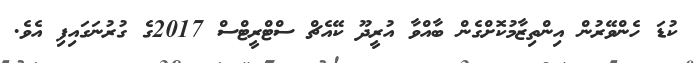
ކުޑަ ހެންވޭރުން އިންތިޒާމުކޮށްގެން ބާއްވާ އުރީދޫ ކޭއެޗް ސްޓްރީޓްސް 2017ގެ ގުރުނަގައިފި އެވެ.